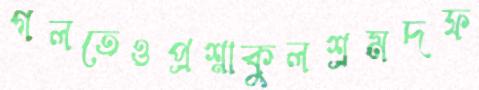
গলতেওপ্রশ্নাকুলশ্রমদফ